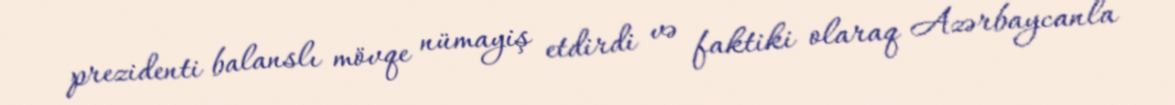
prezidenti balanslı mövqe nümayiş etdirdi və faktiki olaraq Azərbaycanla